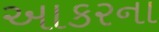
આકરના